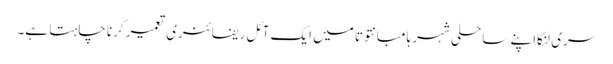
سری لنکااپنے ساحلی شہر ہامبانتوتا میں ایک آئل ریفائنری تعمیر کرنا چاہتا ہے۔